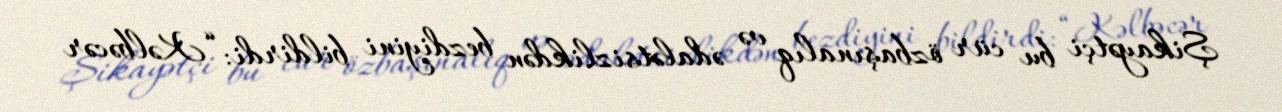
Şikayətçi bu cür özbaşınalıq və ədalətsizlikdən bezdiyini bildirdi: “Kəlbəcər